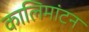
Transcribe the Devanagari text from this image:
कालिमांटन